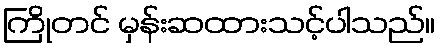
ကြိုတင် မှန်းဆထားသင့်ပါသည်။